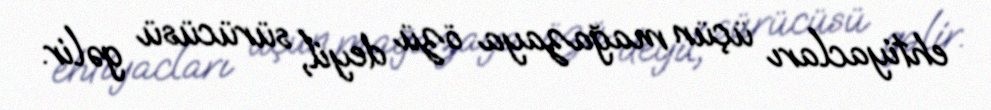
ehtiyacları üçün mağazaya özü deyil, sürücüsü gəlir.